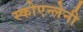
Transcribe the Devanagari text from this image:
स्कोएन्लेनी